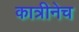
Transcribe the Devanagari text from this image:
कात्रीनेच